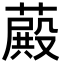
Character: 𦽄